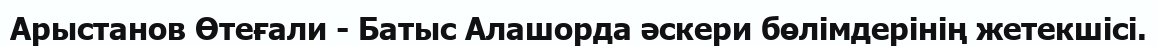
Арыстанов Өтеғали - Батыс Алашорда әскери бөлімдерінің жетекшісі.